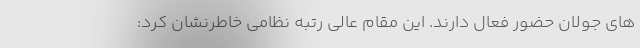
های جولان حضور فعال دارند. این مقام عالی رتبه نظامی خاطرنشان کرد: